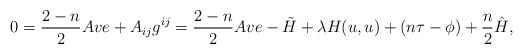
\begin{align*}0=\frac{2-n}{2}Ave+A_{ij}g^{ij}=\frac{2-n}{2}Ave-\tilde{H}+\lambda H(u,u)+(n\tau-\phi)+\frac{n}{2}\hat{H},\end{align*}